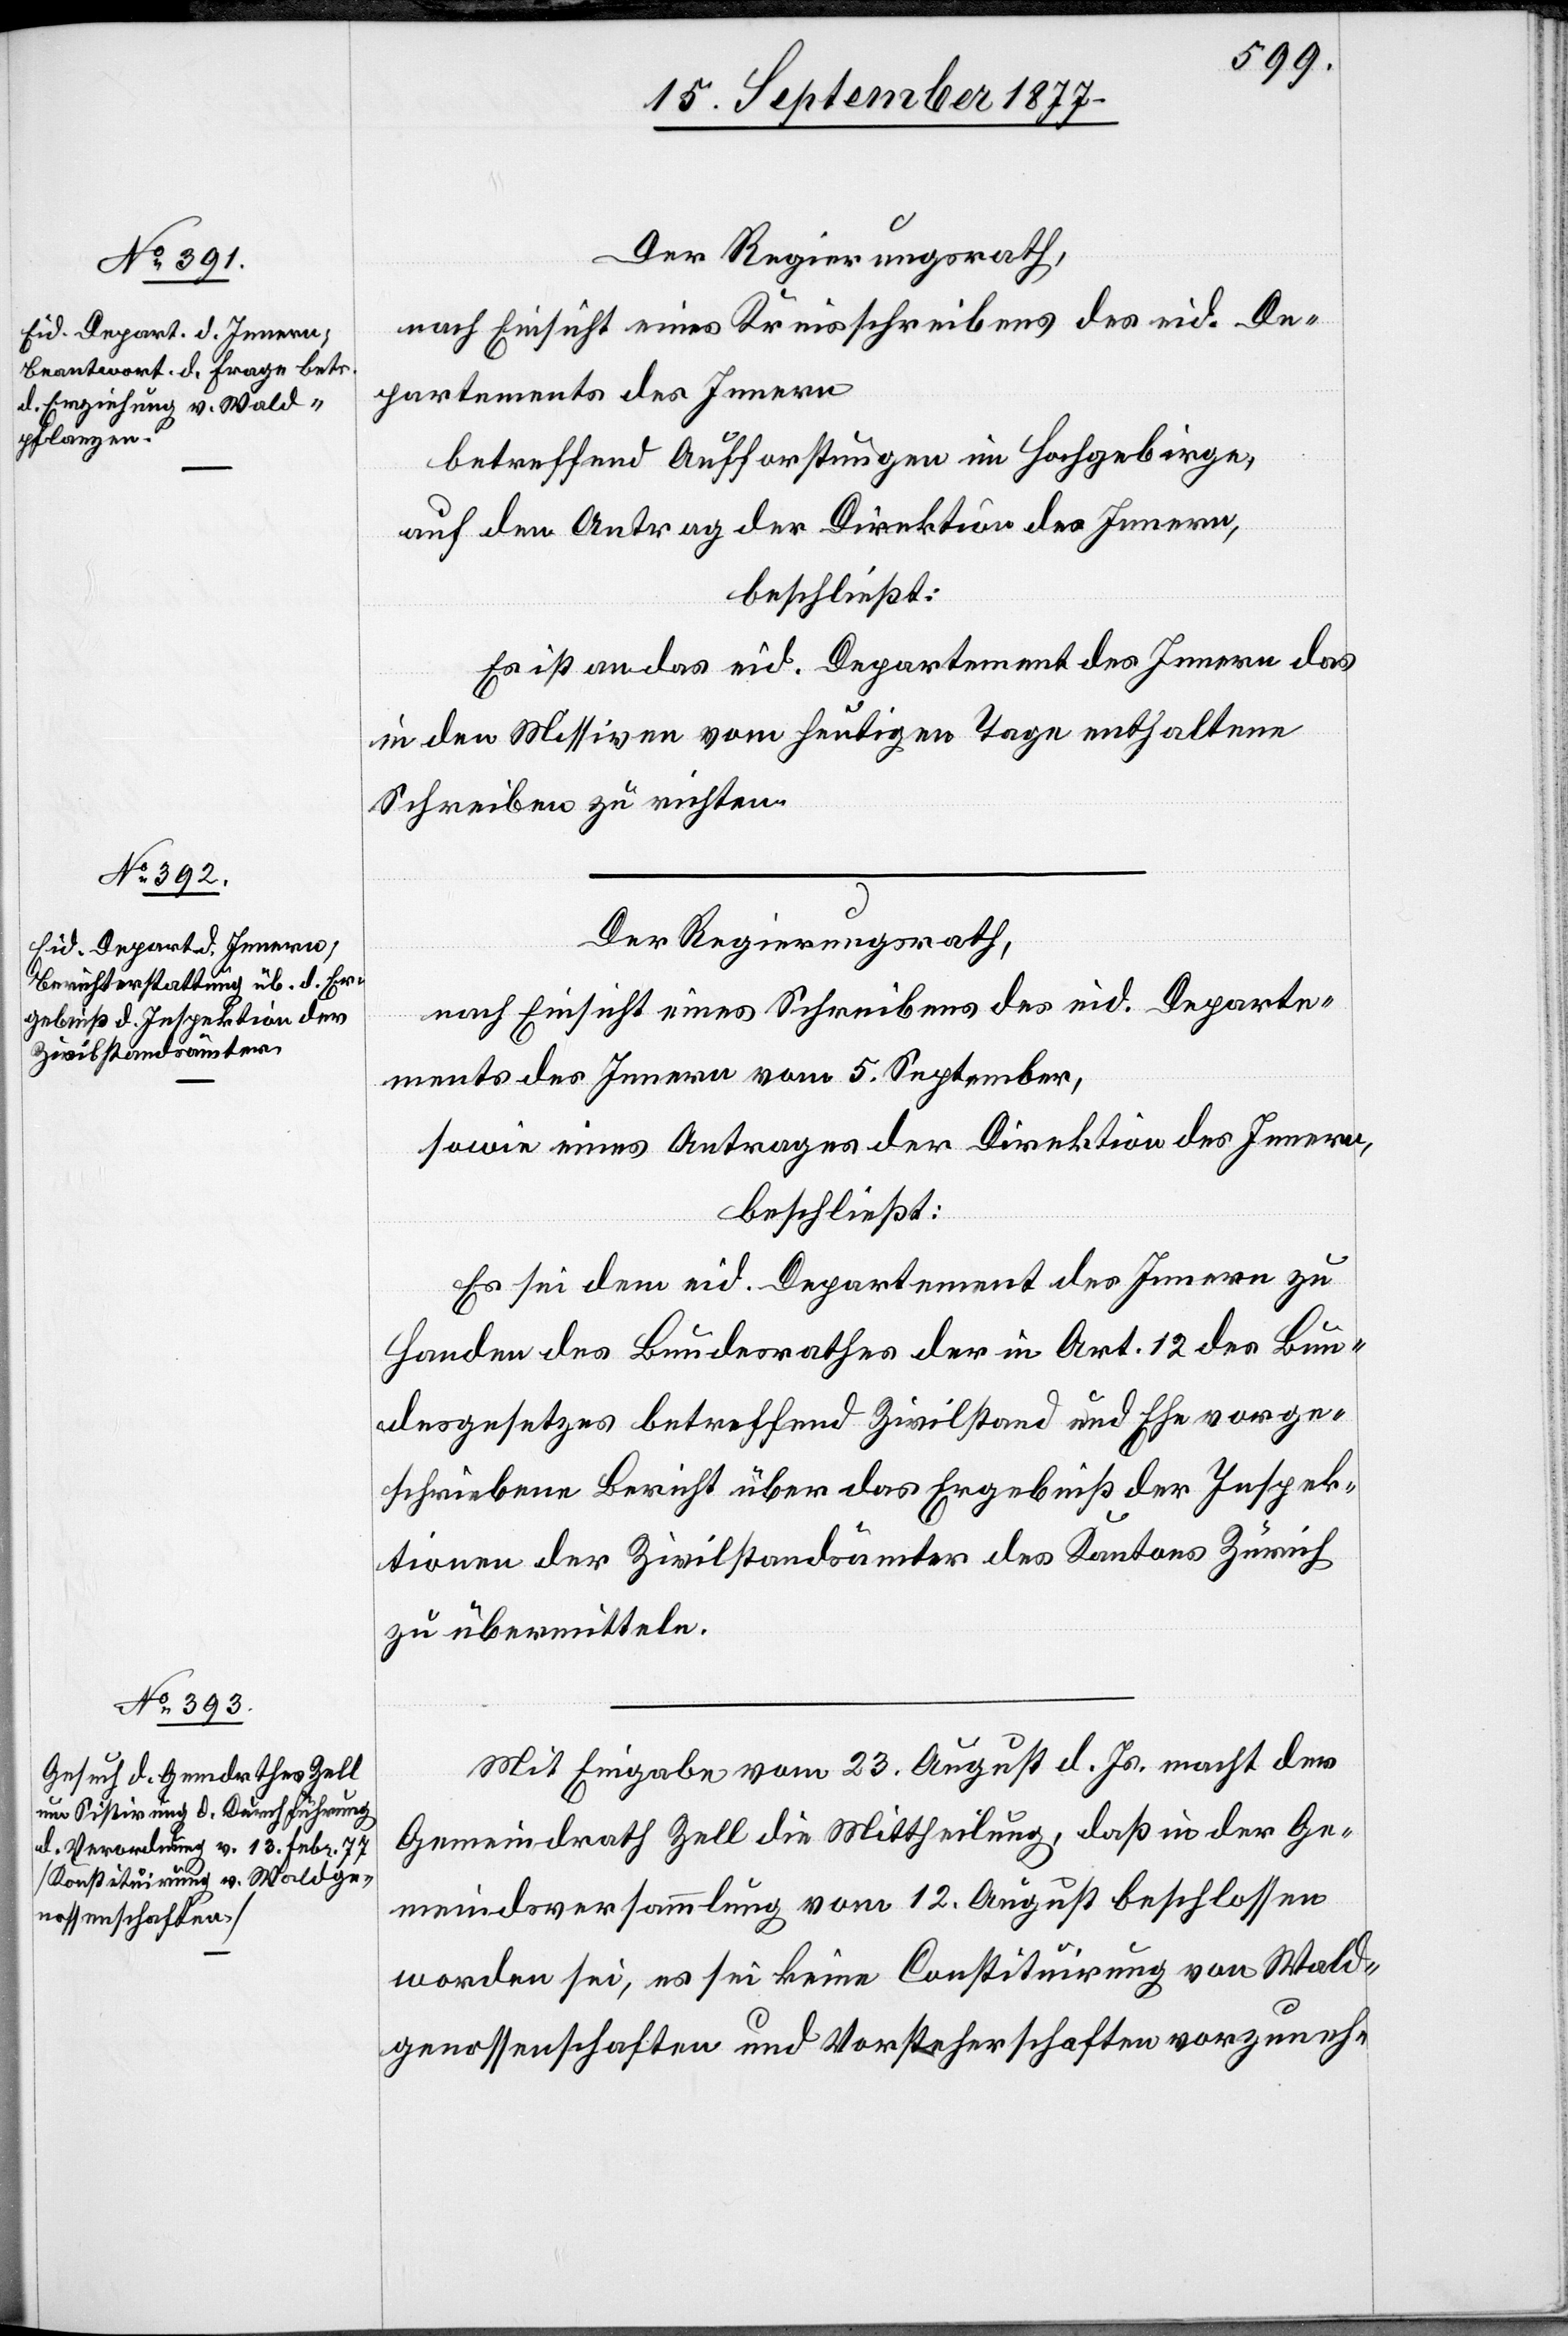
Der Regierungsrath
nach Einsicht eines Kreisschreibens des eid. De¬
partements des Innern
betreffend Aufforstungen im Hochgebirge,
auf den Antrag der Direktion des Innern,
beschließt:
Es ist an das eid. Departement des Innern das
in den Missiven vom heutigen Tage enthaltene
Schreiben zu richten.
Der Regierungsrath
nach Einsicht eines Schreibens des eid. Departe¬
ments des Innern vom 5. September,
sowie eines Antrages der Direktion des Innern,
beschließt:
Es sei dem eid. Departement des Innern zu
Handen des Bundesrathes der in Art. 12 des Bun¬
desgesetzes betreffend Zivilstand und Ehe vorge¬
schriebene Bericht über das Ergebniß der Inspek¬
tionen der Zivilstandsämter des Kantons Zürich
zu übermitteln.
Mit Eingabe vom 23. August d. Js. macht der
Gemeindrath Zell die Mittheilung, daß in der Ge¬
meindsversammlung vom 12. August beschlossen
worden sei, es sei keine Constituirung von Wald¬
genossenschaften und Vorsteherschaften vorzuneh-